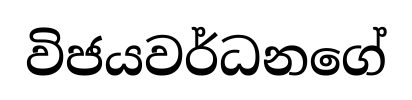
විජයවර්ධනගේ